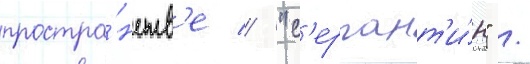
простра́нств'е // "с'ерпант'и́н" /